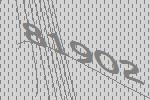
81902